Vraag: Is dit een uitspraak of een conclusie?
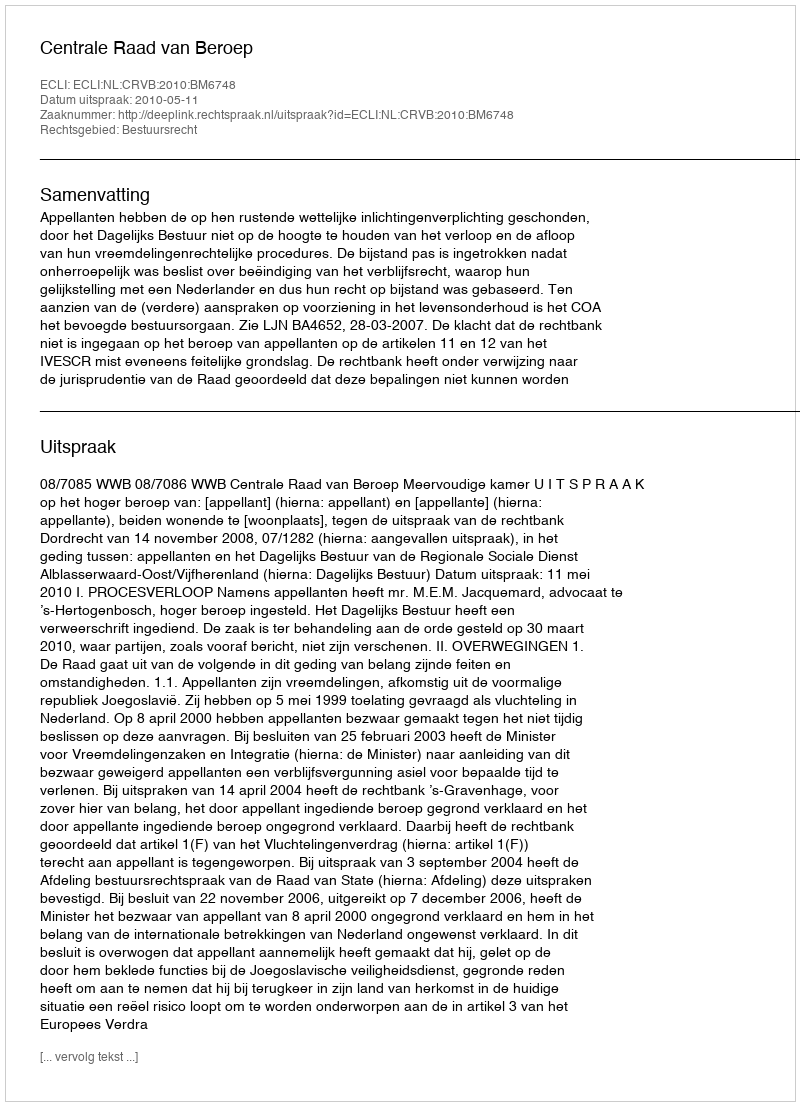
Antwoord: Uitspraak